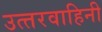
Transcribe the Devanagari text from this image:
उत्‍तरवाहिनी